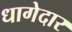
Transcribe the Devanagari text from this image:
धागेदार